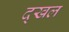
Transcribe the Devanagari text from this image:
द्खल